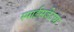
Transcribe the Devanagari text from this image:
स्पाईसजेटचा